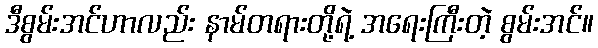
ဒီစွမ်းအင်ဟာလည်း နာမ်တရားတို့ရဲ့ အရေးကြီးတဲ့ စွမ်းအင်။